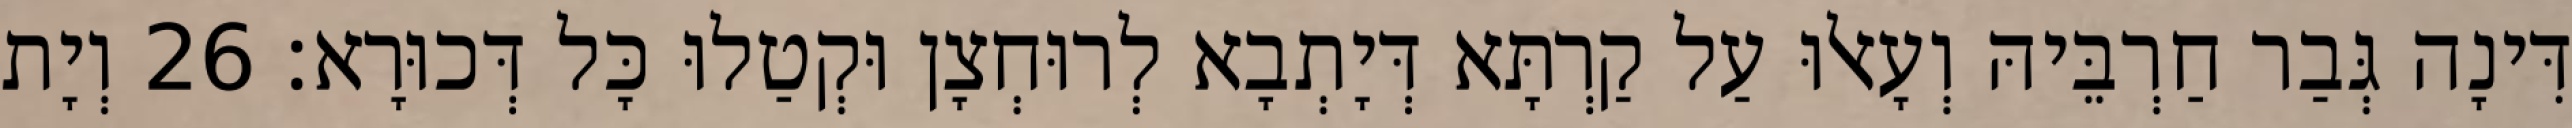
דִּינָה גְּבַר חַרְבֵּיהּ וְעָאלוּ עַל קַרְתָּא דְּיָתְבָא לְרוּחְצָן וּקְטַלוּ כָּל דְּכוּרָא׃ 26 וְיָת